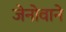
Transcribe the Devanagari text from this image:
जेनोवाने